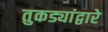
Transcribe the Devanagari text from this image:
तुकड्यांद्वारे